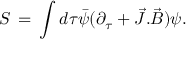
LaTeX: S \, = \, \int d \tau { \bar { \psi } } ( \partial _ { \tau } + { \vec { J } } . { \vec { B } } ) \psi .